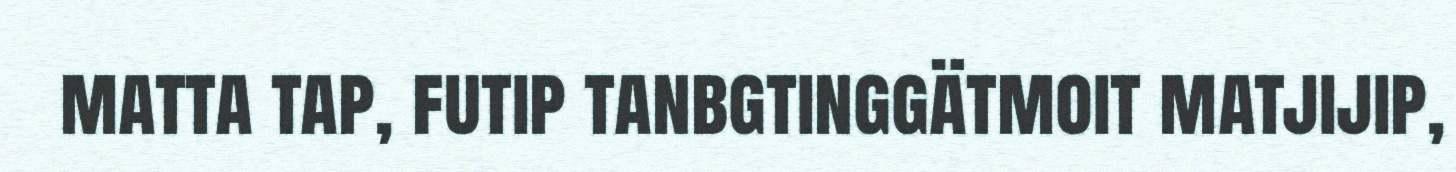
matta tap, futip tanbgtinggätmoit matjijip,